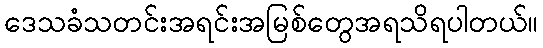
ဒေသခံသတင်းအရင်းအမြစ်တွေအရသိရပါတယ်။